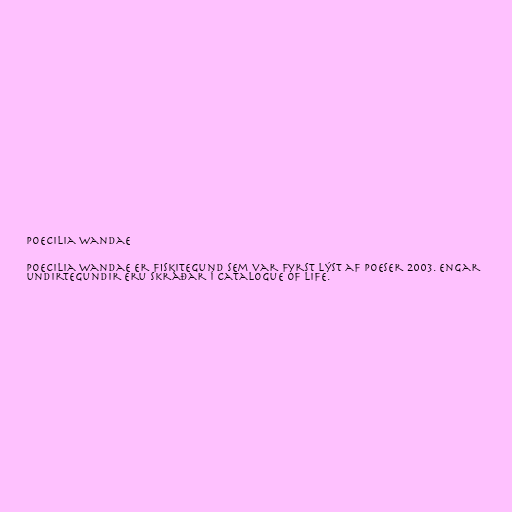
Poecilia wandae

Poecilia wandae er fiskitegund sem var fyrst lýst af Poeser 2003. Engar
undirtegundir eru skráðar í Catalogue of Life.